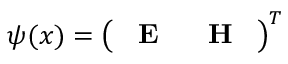
\psi ( x ) = \left( \begin{array} { l l } { \textbf { E } } & { \textbf { H } } \end{array} \right) ^ { T }